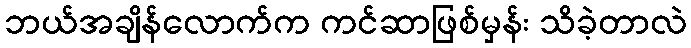
ဘယ်အချိန်လောက်က ကင်ဆာဖြစ်မှန်း သိခဲ့တာလဲ